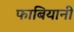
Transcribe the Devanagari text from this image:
फाबियानी